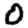
Digit: 0